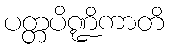
ပတ္တပိဏ္ဍိကာတိ